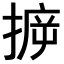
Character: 𢯪